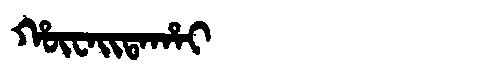
Manchu: ᡥᡡᠸᠠᡳᡨᠠᡥᠠᡳ
Romanization: HŪWAITAHAI